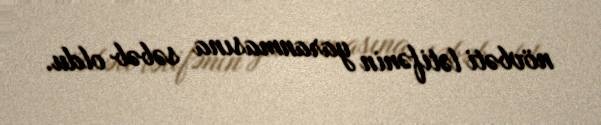
növbəti lətifənin yaranmasına səbəb oldu.